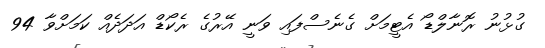
ގުޅުނު ރޮނާލްޑޯ އެޓީމަށް ގެނެސްފައި ވަނީ އޭރުގެ ރެކޯޑް އަދަދެއް ކަމަށްވާ 94